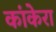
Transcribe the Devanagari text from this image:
कांकेरा